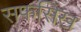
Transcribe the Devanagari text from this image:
सफसिख